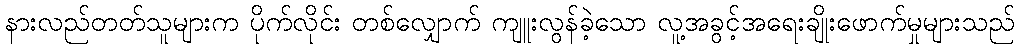
နားလည်တတ်သူများက ပိုက်လိုင်း တစ်လျှောက် ကျူးလွန်ခဲ့သော လူ့အခွင့်အရေးချိုးဖောက်မှုများသည်